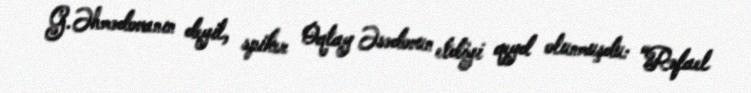
G.Əhmədovanın deyil, spiker Oqtay Əsədovun etdiyi qeyd olunmuşdu: “Rəfael